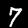
Digit: 7